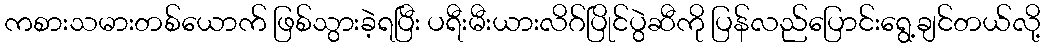
ကစားသမားတစ်ယောက် ဖြစ်သွားခဲ့ရပြီး ပရီးမီးယားလိဂ်ပြိုင်ပွဲဆီကို ပြန်လည်ပြောင်းရွေ့ချင်တယ်လို့